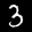
Label: 3